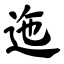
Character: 迤